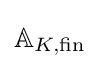
\mathbb {A} _{K,{\text{fin}}}